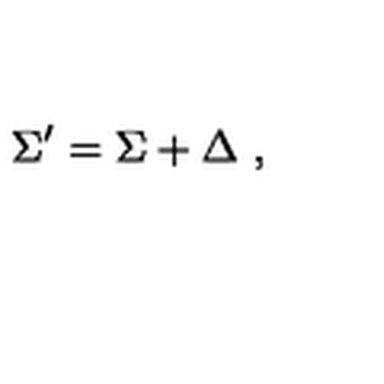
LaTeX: \Sigma ^ { \prime } = \Sigma + \Delta \ ,